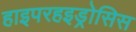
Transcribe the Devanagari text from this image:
हाइपरहइड्रोसिस